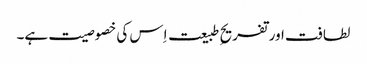
لطافت اور تفریحِ طبیعت اِس کی خصوصیت ہے۔